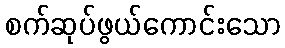
စက်ဆုပ်ဖွယ်ကောင်းသော